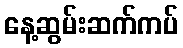
နေ့ဆွမ်းဆက်ကပ်